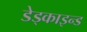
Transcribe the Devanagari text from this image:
डेड्काइन्ड